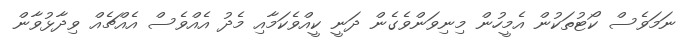
ނަމަވެސް ކޯޓުތަކުން އެމީހުން މިނިވަންވެގެން ދަނީ ކީއްވެކަމާއި މެދު އެއްވެސް އެއްޗެއް ވިދާޅުވާން